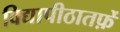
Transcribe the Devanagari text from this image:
विद्यापीठातर्फ़े